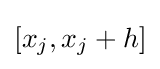
{\textstyle [x_{j},x_{j}+h]}